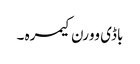
باڈی وورن کیمرہ ۔